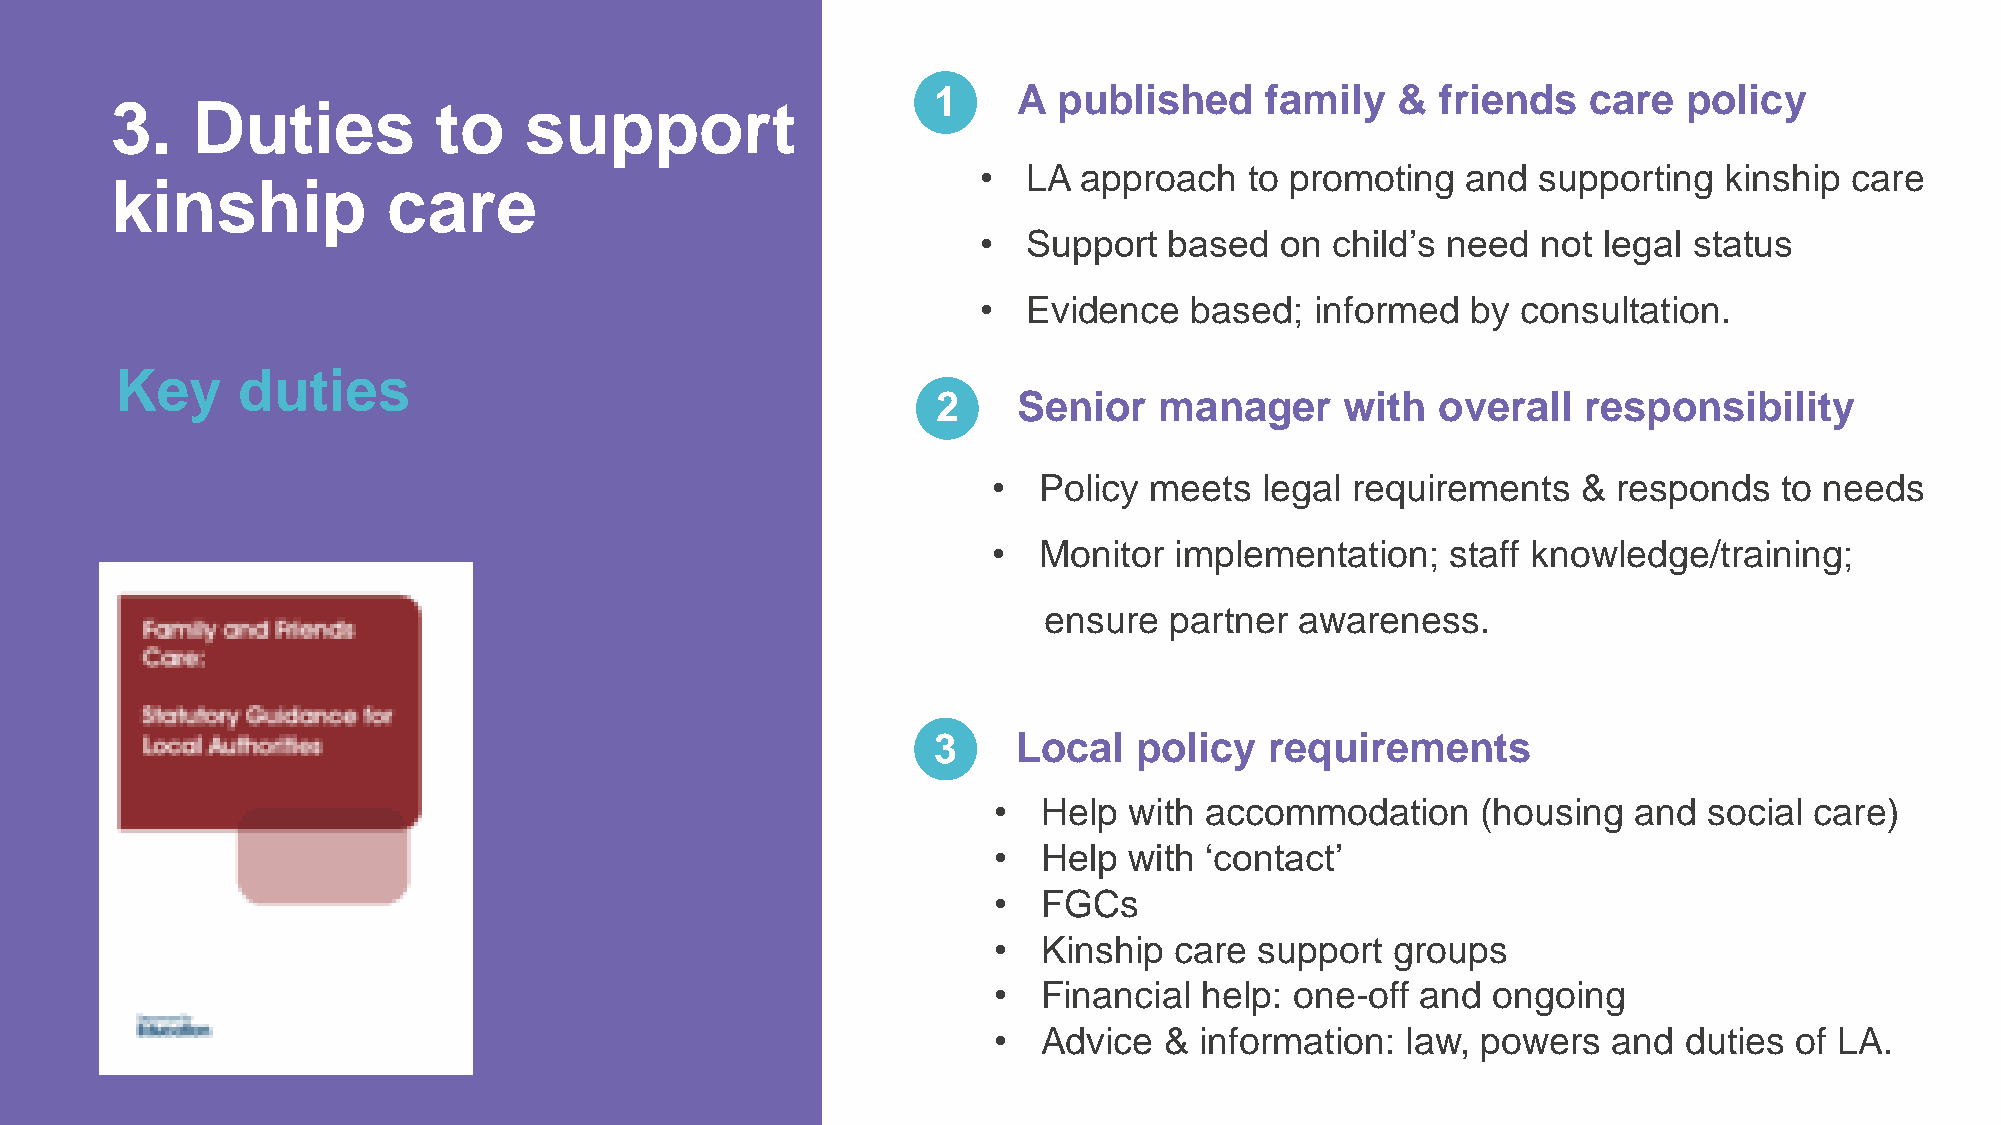
1    A  published     family  &  friends   care   policy
 3.    Duties          to    support
 •  LA  approach   to promoting  and  supporting  kinship  care
 kinship            care
 •  Support  based   on child’s need  not legal status
 •  Evidence   based;  informed  by  consultation.
 Key     duties
 2    Senior    manager     with  overall   responsibility
 •  Policy meets   legal requirements   & responds   to needs
 •  Monitor  implementation;   staff knowledge/training;
 ensure  partner  awareness.
 3    Local   policy   requirements
 •  Help  with accommodation     (housing  and  social care)
 •  Help  with ‘contact’
 •  FGCs
 •  Kinship  care support  groups
 •  Financial help:  one-off and  ongoing
 •  Advice  & information:  law, powers   and duties  of LA.